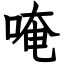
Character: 唵